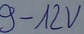
Text: 9-12V